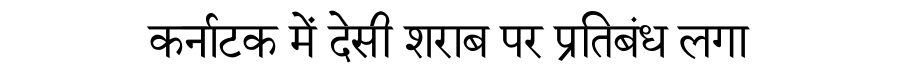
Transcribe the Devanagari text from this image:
कर्नाटक में देसी शराब पर प्रतिबंध लगा